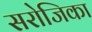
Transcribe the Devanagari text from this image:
सरोजिका